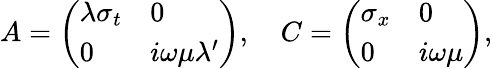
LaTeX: A=\left(\begin{array}{ll}{\lambda\sigma_{t}}&{0}\\ {0}&{i\omega\mu\lambda^{\prime}}\end{array}\right),\quad C=\left(\begin{array}{ll}{\sigma_{x}}&{0}\\ {0}&{i\omega\mu}\end{array}\right),